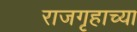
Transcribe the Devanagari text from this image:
राजगृहाच्या